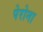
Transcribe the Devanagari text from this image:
पेरोना